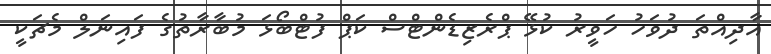
އާދިއްތަ ދުވަހު ހަވީރު ކުޅޭ ޕްރެޒިޑެންޓްސް ކަޕް ފުޓްބޯޅަ މުބާރާތުގެ ފައިނަލް މެޗަކީ